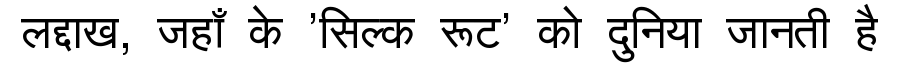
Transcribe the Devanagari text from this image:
लद्दाख, जहाँ के 'सिल्क रूट' को दुनिया जानती है